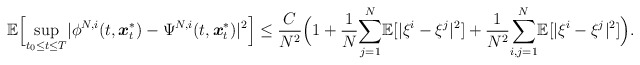
\begin{align*}\mathbb{E}\Big[\underset{t_0\leq t\leq T}{\sup}|\phi^{N,i}(t,\boldsymbol{x}_t^*)-\Psi^{N,i}(t,\boldsymbol{x}_t^*)|^2\Big]\leq\frac{C}{N^2}\Big(1+\frac{1}{N}\underset{j=1}{\overset{N}\sum}\mathbb{E}[|\xi^i-\xi^j|^2]+\frac{1}{N^2}\underset{i,j=1}{\overset{N}{\sum}}\mathbb{E}[|\xi^{i}-\xi^{j}|^2]\Big).\end{align*}